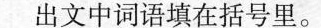
出文中词语填在括号里。